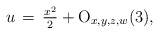
\begin{align*}u\,=\,\tfrac{x^2}{2}+{\rm O}_{x,y,z,w}(3),\end{align*}